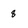
Character: 8